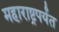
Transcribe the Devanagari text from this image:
महाराष्ट्रपर्यंत